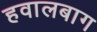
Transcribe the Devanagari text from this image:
हवालबाग